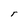
Character: r